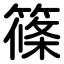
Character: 篠